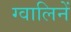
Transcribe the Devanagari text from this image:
ग्वालिनें